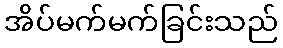
အိပ်မက်မက်ခြင်းသည်